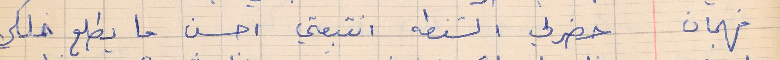
فهمان   حضرلي الشنطه انتبعتي احسن ما يطلع خلكي